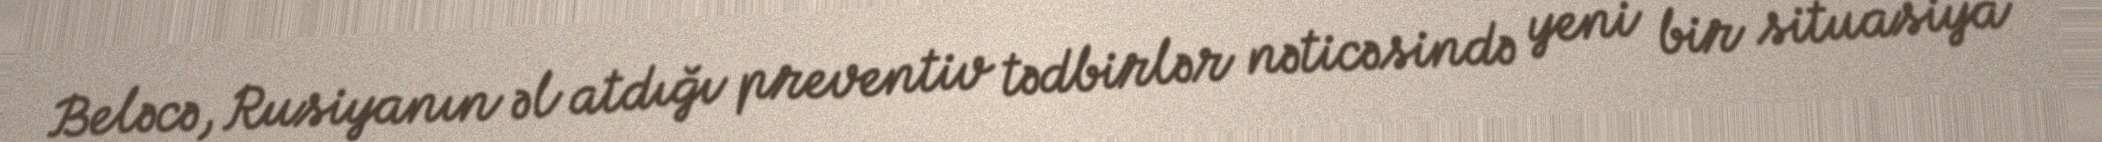
Beləcə, Rusiyanın əl atdığı preventiv tədbirlər nəticəsində yeni bir situasiya